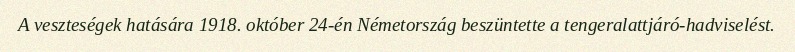
A veszteségek hatására 1918. október 24-én Németország beszüntette a tengeralattjáró-hadviselést.